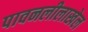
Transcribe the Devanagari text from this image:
पावनलीलाखेल